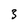
Character: 3